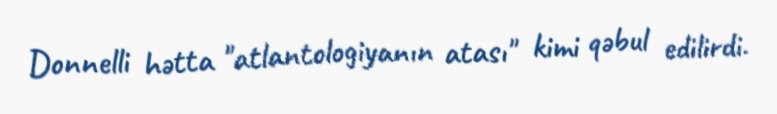
Donnelli hətta "atlantologiyanın atası" kimi qəbul edilirdi.